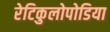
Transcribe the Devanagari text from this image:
रेटिकुलोपोडिया